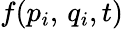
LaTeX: f(p_{i},\, q_{i},t)